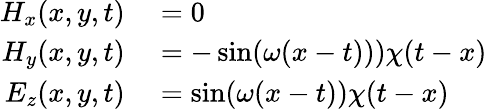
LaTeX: \begin{array}{rl}{H_{x}(x,y,t)}&{{}=0}\\ {H_{y}(x,y,t)}&{{}=-\sin(\omega(x-t)))\chi(t-x)}\\ {E_{z}(x,y,t)}&{{}=\sin(\omega(x-t))\chi(t-x)}\end{array}